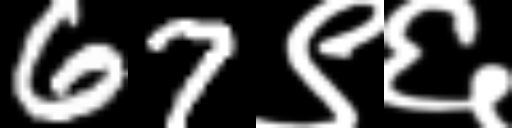
Text: 67९६